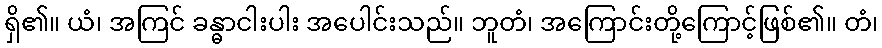
ရှိ၏။ ယံ၊ အကြင် ခန္ဓာငါးပါး အပေါင်းသည်။ ဘူတံ၊ အကြောင်းတို့ကြောင့်ဖြစ်၏။ တံ၊